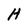
Character: H